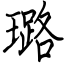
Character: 璐